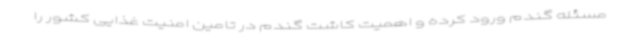
مسئله گندم ورود کرده و اهمیت کاشت گندم در تامین امنیت غذایی کشور را